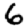
Digit: 6